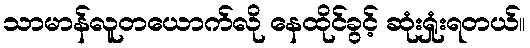
သာမာန်လူတယောက်လို နေထိုင်ခွင့် ဆုံးရှုံးရတယ်။